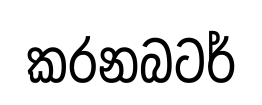
කරනබටර්